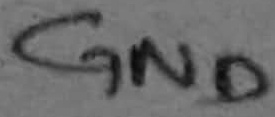
Text: GND